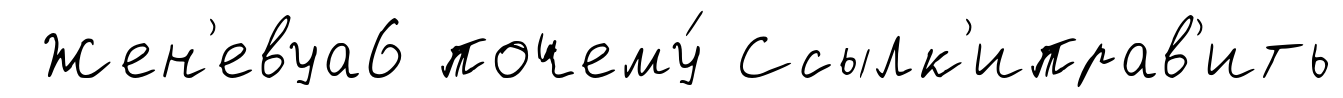
Жен'евуа6 почему́ Ссылк'иправ'ить